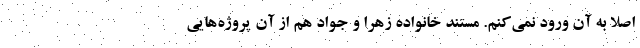
اصلا به آن ورود نمی‌کنم. مستند خانواده زهرا و جواد هم از آن پروژه‌هایی